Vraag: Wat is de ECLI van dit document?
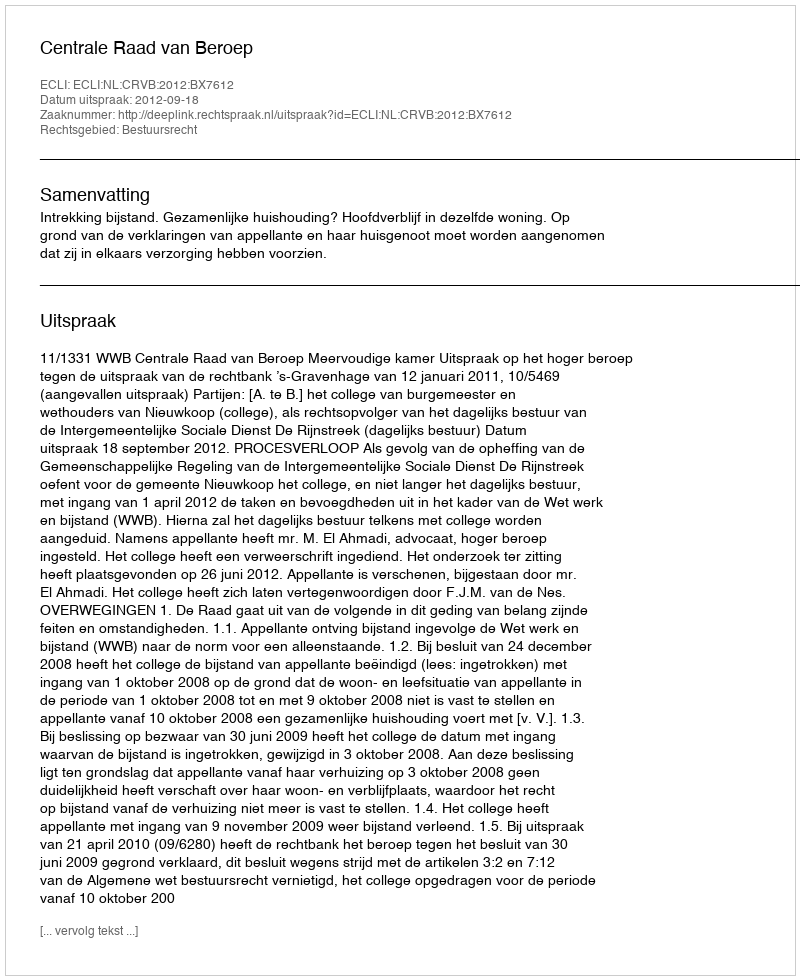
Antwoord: ECLI:NL:CRVB:2012:BX7612